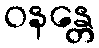
ဝနန္တေ